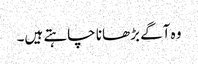
وہ آگے بڑھانا چاہتے ہیں۔